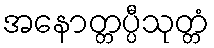
အနောတ္တပ္ပီသုတ္တံ